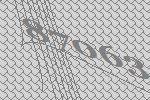
87063